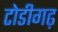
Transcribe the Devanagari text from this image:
टोडीगढ़